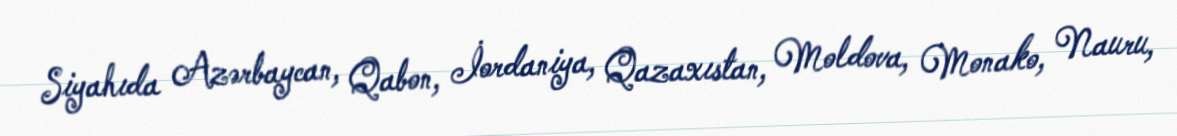
Siyahıda Azərbaycan, Qabon, İordaniya, Qazaxıstan, Moldova, Monako, Nauru,